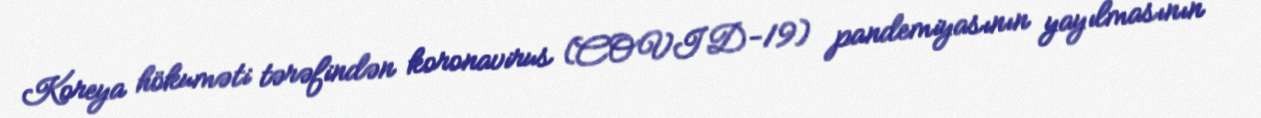
Koreya hökuməti tərəfindən koronavirus (COVID-19) pandemiyasının yayılmasının